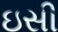
ઇસી